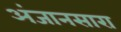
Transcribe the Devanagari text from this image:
अंजानसारा